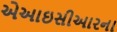
એઆઇસીઆરના